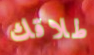
طلاقك